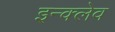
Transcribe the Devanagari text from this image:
इन्क्लेव